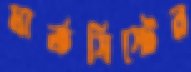
মার্কসিস্টের